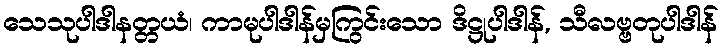
သေသုပါဒါနတ္တယံ၊ ကာမုပါဒါန်မှကြွင်းသော ဒိဋ္ဌုပါဒါန်, သီလဗ္ဗတုပါဒါန်